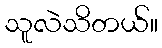
သူလဲသိတယ်။